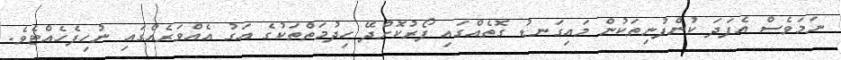
ނަމަވެސް އެފަދަ ކުންފުނިތަކުން މައިގަނޑު ގޮތެއްގައި ފޯރުކޮށްދޭ ހިދުމަތްތަކުގެ އަގު އެއްވަރެއްގައި ނުހިފެހެއްޓެވެ.